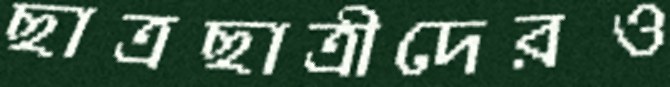
ছাত্রছাত্রীদেরও